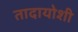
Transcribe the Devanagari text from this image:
तादायोशी